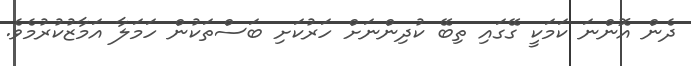
ދެން އޮންނަ ކަމަކީ ގޭގައި ތިބޭ ކުދިންނަށް ހަރުކަށި ބަސްތަކުން ހަމަލާ އަމާޒުކުރުމެވެ.